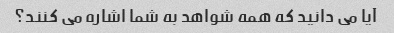
آیا می دانید که همه شواهد به شما اشاره می کنند؟